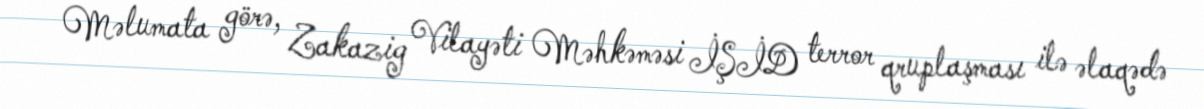
Məlumata görə, Zakazig Vilayəti Məhkəməsi İŞİD terror qruplaşması ilə əlaqədə